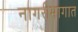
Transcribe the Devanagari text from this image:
नागरीभागात